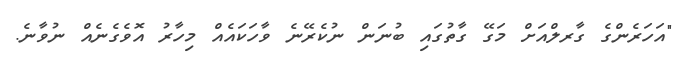
"އަހަރެންގެ ގާރލްއަށް މަގޭ ގާތުގައި ބުނަން ނުކެރޭނެ ވާހަކައެއް މިހާރު އޮވެގެނެއް ނުވާނެ.